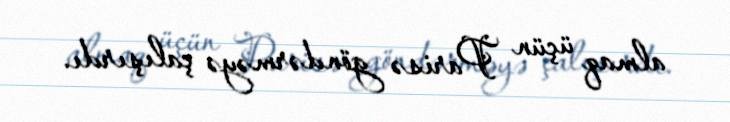
almaq üçün Parisə göndərməyə çalışırdı.